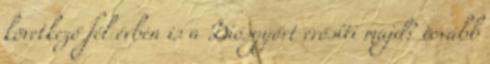
következő fél évben is a Diósgyőrt erősíti majd? tovább